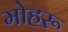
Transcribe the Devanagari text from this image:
मोहरू